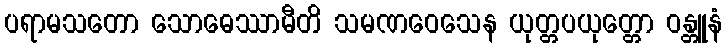
ပရာမသတော သောဓေဿာမီတိ သမဏဝေသေန ယုတ္တပယုတ္တော ဝန္တူနံ